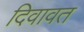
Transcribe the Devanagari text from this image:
दिवावत